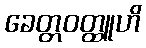
ခေတ္တဝတ္ထူဟိ